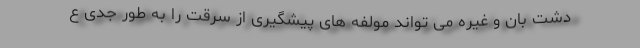
دشت بان و غیره می تواند مولفه های پیشگیری از سرقت را به طور جدی ع